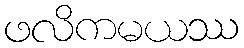
ဖလိကမယဿ